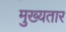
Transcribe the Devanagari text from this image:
मुख्यतार